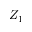
Z _ { 1 }